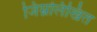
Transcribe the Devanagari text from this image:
जिम्नलिखित